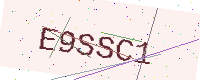
Text: E9SSC1